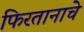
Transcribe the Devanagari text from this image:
फिरतानाचे